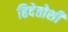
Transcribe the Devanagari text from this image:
हिदेतोशी